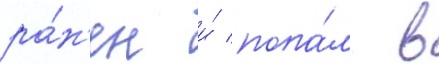
ра́н'ен и́ попа́л в